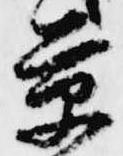
景